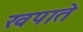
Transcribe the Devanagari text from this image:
खपाते